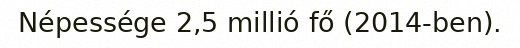
Népessége 2,5 millió fő (2014-ben).